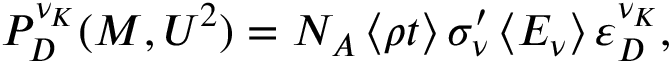
P _ { D } ^ { \nu _ { K } } ( M , U ^ { 2 } ) = N _ { A } \left\langle \rho t \right\rangle \sigma _ { \nu } ^ { \prime } \left\langle E _ { \nu } \right\rangle \varepsilon _ { D } ^ { \nu _ { K } } ,